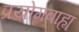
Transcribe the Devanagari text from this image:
प्रयोगबाह्य